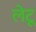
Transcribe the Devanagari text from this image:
लेटू